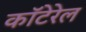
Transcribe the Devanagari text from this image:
कॉटेरेल